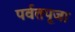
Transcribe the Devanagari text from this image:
पर्वतपूजा